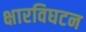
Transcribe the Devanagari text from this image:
क्षारविघटन